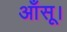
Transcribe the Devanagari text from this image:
आँसू।